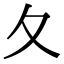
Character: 夂